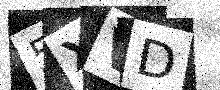
Text: 5XVD